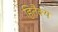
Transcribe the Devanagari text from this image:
हितैक्य